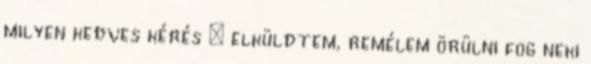
milyen kedves kérés : elküldtem, remélem örülni fog neki